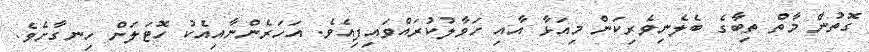
ގޮތުން މާތް ތިބާގެ ބެލެނިވެރިކަން މިއަޅާ އާއި ހަވާލުކުރައްވައިފިއެވެ. އަހަރެންނާއިއެކު ހޮޓަލަށް ހިނގާށެވެ.